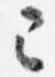
已